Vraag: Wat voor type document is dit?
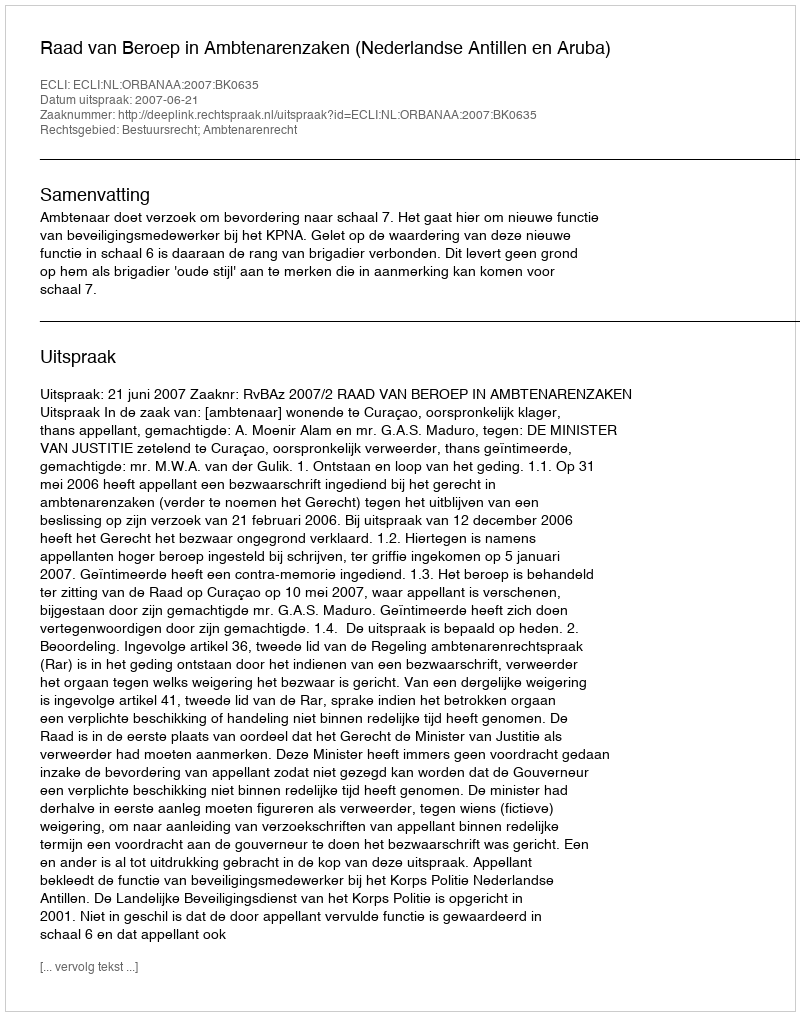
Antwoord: Uitspraak